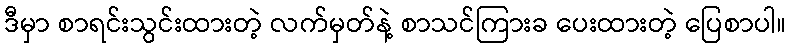
ဒီမှာ စာရင်းသွင်းထားတဲ့ လက်မှတ်နဲ့ စာသင်ကြားခ ပေးထားတဲ့ ပြေစာပါ။